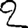
Digit: 2